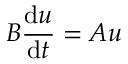
B { \frac { \mathrm { d } u } { \mathrm { d } t } } = A u